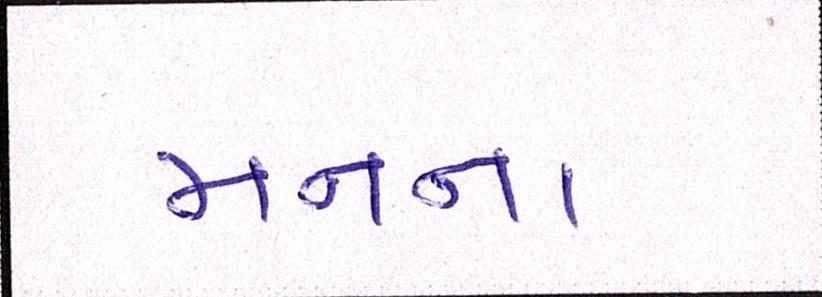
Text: મનના